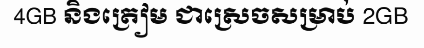
4GB និងត្រៀម ជាស្រេចសម្រាប់ 2GB